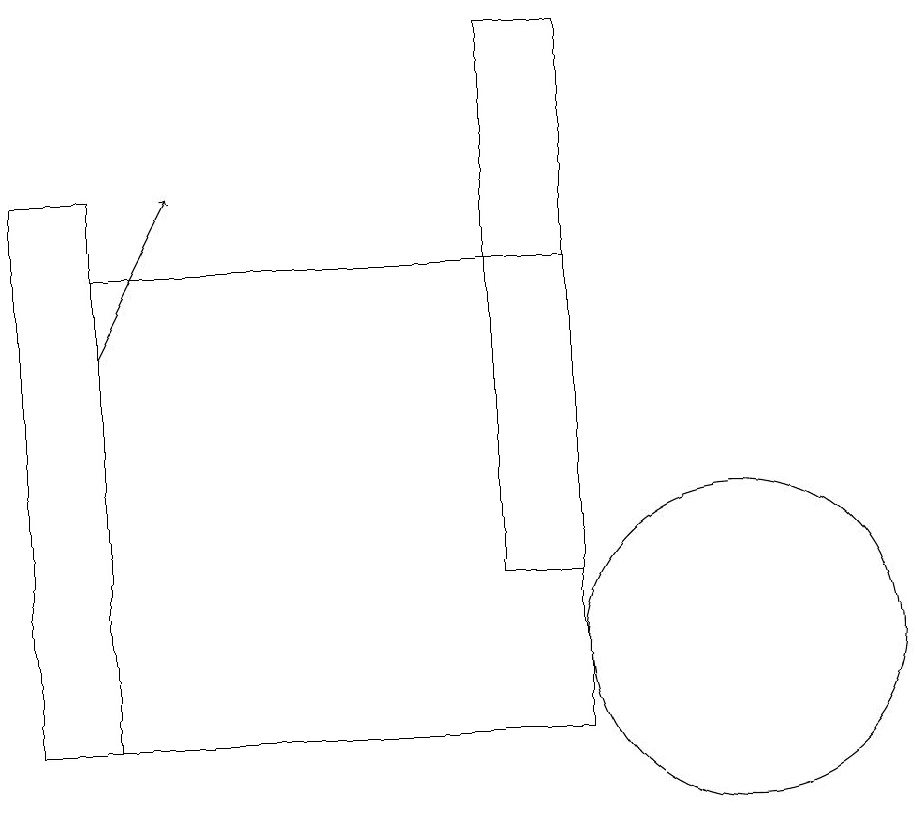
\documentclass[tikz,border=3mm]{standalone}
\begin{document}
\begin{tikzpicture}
\draw (9,19) rectangle (8,12);
\draw (3,10) rectangle (9,16);
\draw (11,11) circle (2);
\draw[->] (3,15) -- (4,17);
\draw (2,17) rectangle (3,10);
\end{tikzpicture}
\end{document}